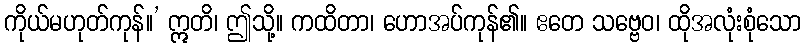
ကိုယ်မဟုတ်ကုန်။’ ဣတိ၊ ဤသို့။ ကထိတာ၊ ဟောအပ်ကုန်၏။ ဧတေ သဗ္ဗေဝ၊ ထိုအလုံးစုံသော